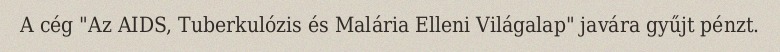
A cég "Az AIDS, Tuberkulózis és Malária Elleni Világalap" javára gyűjt pénzt.